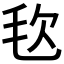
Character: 𣬴